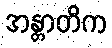
အန္တာတိက